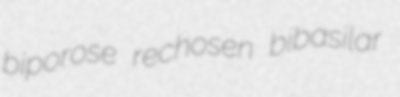
biporose rechosen bibasilar